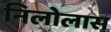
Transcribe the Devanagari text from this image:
निलोलास